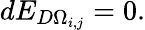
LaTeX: dE_{D\Omega_{i,j}}=0.